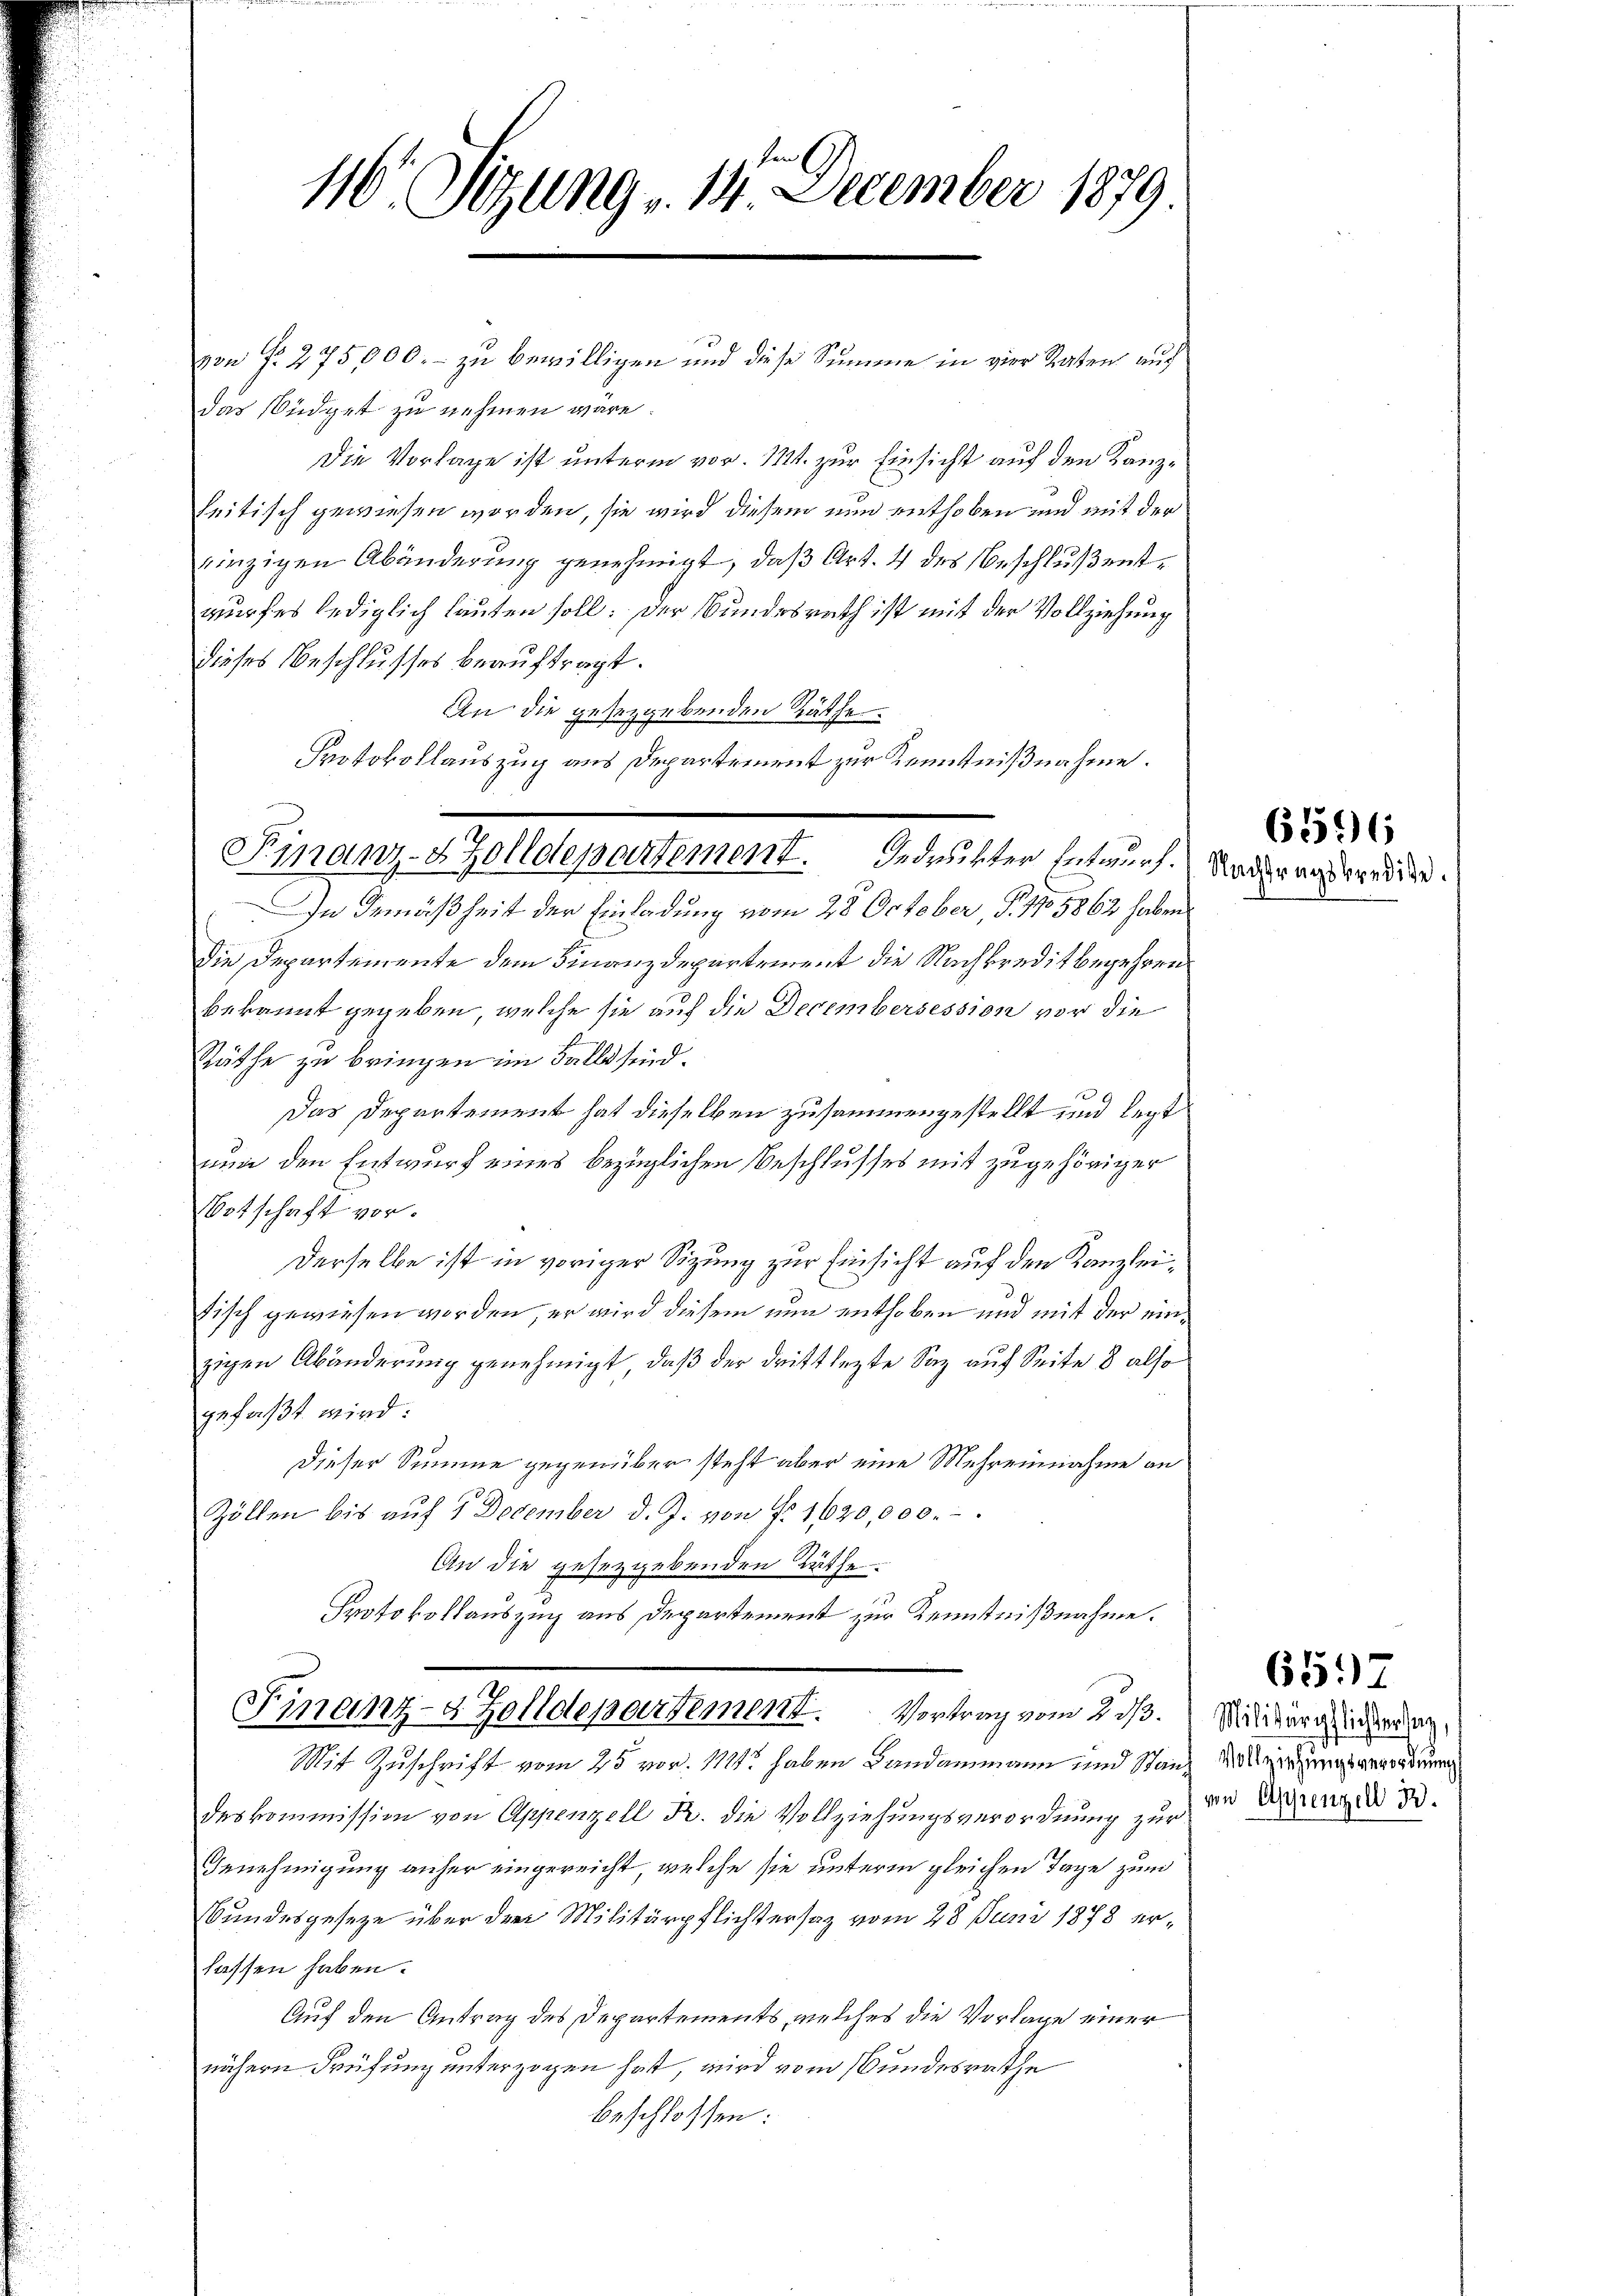
116. Sitzung - 14. December 1879.

Finanz-Zolldepartement. Gedruckter Entwurf. Nachangspräge.

Finanz-8 Zolldepartement. Vortrag vom 2. ds. Mirg sicher an¬

von N. 275,000.- zu bewilligen und diese Summe in vier Raten auch
das südget zu nehmen wäre.
Die Vorlage ist unterm vor. Mt. zur Einsicht auf den Kanzleitisch gewiesen worden, sie wird diesem nun enthoben und mit der
rinzigen Abänderung genehmigt, daß Art. 4 des Beschluß entwurfes lediglich lauten soll: Der Bundesrath ist mit der Vollziehung
dieses Beschlusses beauftragt.
An die gesetzgebenden Räthe
Protokollauszug aus Departement zur Kenntnißnahme.
In Gemäßheit der Einladung vom 28 October, S. 1705862 haben
Die Departemente dem Finanzdepartement die Nachkredit begehren
bekannt gegeben, welche sie auf die Decembersession vor die
Räthe zu bringen im Falle sind.
Das Departement hat dieselben zusammengestellt und legt
nun den Entwurf eines bezüglichen Beschlusses mit zugehöriger
Ortschaft vor.
Derselbe ist in voriger Sizung zur Einsicht auf den Kanzlei¬
Fisch gewiesen worden, er wird diesem nun enthoben und mit der einzigen Abänderung genehmigt, daß der drittlezte Saz auf Seite 8 also
gefaßt wird:
Dieser Summe gegenüber steht aber eine Mehreinnahme an
Zöllen bis aŭf 1 December d. J. von Fr. 1620,000.
An die gesezgebenden Räthe.
Protokollauszug aus Departement zur Kenntnißnahme.

Mit Zuschrift vom 25 vor. 111 haben Landammann und Standeskommission von Appenzell R. die Vollziehungsverordnung zur der Grenz d
Genehmigung anher eingereicht, welche sie unterm gleichen Tage zum
Bundesgeseze über den Militärpflichtersaz vom 28. Juni 1878 erlassen haben.
Auf den Antrag des Departements, welches die Vorlage einer
nähern Prüfung unterzogen hat, wird vom Bundesrathe
beschlossen:

6596

6597
Vollziehungsverordnung